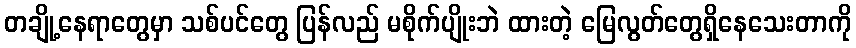
တချို့နေရာတွေမှာ သစ်ပင်တွေ ပြန်လည် မစိုက်ပျိုးဘဲ ထားတဲ့ မြေလွတ်တွေရှိနေသေးတာကို